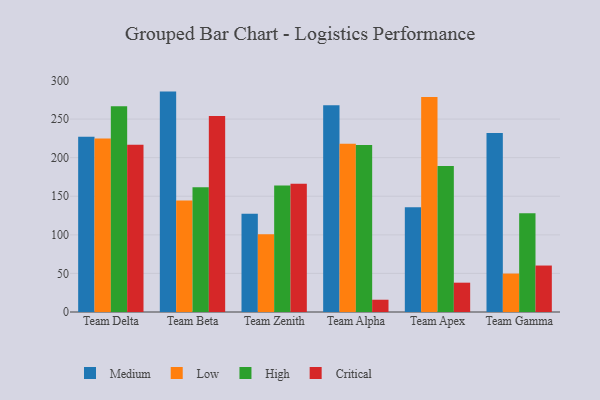
{"axis": {"x": "Team", "y": "Backlog"}, "legend": ["Critical", "High", "Low", "Medium"], "data": [{"x": "Team Delta", "y": 227.2, "type": "Medium"}, {"x": "Team Delta", "y": 224.8, "type": "Low"}, {"x": "Team Delta", "y": 266.7, "type": "High"}, {"x": "Team Delta", "y": 216.7, "type": "Critical"}, {"x": "Team Beta", "y": 285.6, "type": "Medium"}, {"x": "Team Beta", "y": 144.5, "type": "Low"}, {"x": "Team Beta", "y": 161.5, "type": "High"}, {"x": "Team Beta", "y": 254.1, "type": "Critical"}, {"x": "Team Zenith", "y": 127.4, "type": "Medium"}, {"x": "Team Zenith", "y": 100.6, "type": "Low"}, {"x": "Team Zenith", "y": 163.8, "type": "High"}, {"x": "Team Zenith", "y": 166.2, "type": "Critical"}, {"x": "Team Alpha", "y": 267.9, "type": "Medium"}, {"x": "Team Alpha", "y": 218.1, "type": "Low"}, {"x": "Team Alpha", "y": 216.4, "type": "High"}, {"x": "Team Alpha", "y": 15.9, "type": "Critical"}, {"x": "Team Apex", "y": 135.8, "type": "Medium"}, {"x": "Team Apex", "y": 278.5, "type": "Low"}, {"x": "Team Apex", "y": 189.2, "type": "High"}, {"x": "Team Apex", "y": 38.0, "type": "Critical"}, {"x": "Team Gamma", "y": 232.0, "type": "Medium"}, {"x": "Team Gamma", "y": 49.8, "type": "Low"}, {"x": "Team Gamma", "y": 128.0, "type": "High"}, {"x": "Team Gamma", "y": 60.2, "type": "Critical"}]}